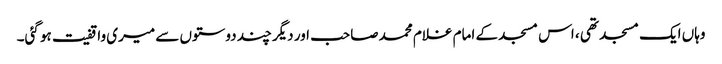
وہاں ایک مسجد تھی ، اس مسجد کے امام غلام محمد صاحب اور دیگر چند دوستوں سے میری واقفیت ہو گئی۔